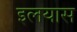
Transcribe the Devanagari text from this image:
इलयास